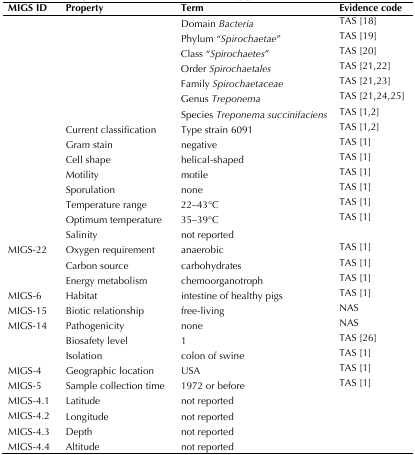
| MIGS ID | Property | Term | Evidence code |
 | --- | --- | --- | --- |
 | <ROWSPAN=8>  | <ROWSPAN=8> Current classification | Domain Bacteria | TAS [18] |
 | Phylum “Spirochaetae” | TAS [19] |
 | Class “Spirochaetes” | TAS [20] |
 | Order Spirochaetales | TAS [21,22] |
 | Family Spirochaetaceae | TAS [21,23] |
 | Genus Treponema | TAS [21,24,25] |
 | Species Treponema succinifaciens | TAS [1,2] |
 | Type strain 6091 | TAS [1,2] |
 |  | Gram stain | negative | TAS [1] |
 |  | Cell shape | helical-shaped | TAS [1] |
 |  | Motility | motile | TAS [1] |
 |  | Sporulation | none | TAS [1] |
 |  | Temperature range | 22–43°C | TAS [1] |
 |  | Optimum temperature | 35–39°C | TAS [1] |
 |  | Salinity | not reported |  |
 | MIGS-22 | Oxygen requirement | anaerobic | TAS [1] |
 |  | Carbon source | carbohydrates | TAS [1] |
 |  | Energy metabolism | chemoorganotroph | TAS [1] |
 | MIGS-6 | Habitat | intestine of healthy pigs | TAS [1] |
 | MIGS-15 | Biotic relationship | free-living | NAS |
 | MIGS-14 | Pathogenicity | none | NAS |
 |  | Biosafety level | 1 | TAS [26] |
 |  | Isolation | colon of swine | TAS [1] |
 | MIGS-4 | Geographic location | USA | TAS [1] |
 | MIGS-5 | Sample collection time | 1972 or before | TAS [1] |
 | MIGS-4.1 | Latitude | not reported |  |
 | MIGS-4.2 | Longitude | not reported |  |
 | MIGS-4.3 | Depth | not reported |  |
 | MIGS-4.4 | Altitude | not reported |  |